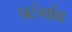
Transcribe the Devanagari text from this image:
पटंगांव